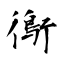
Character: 鵆